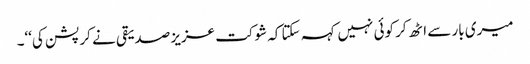
میری بار سے اٹھ کر کوئی نہیں کہہ سکتا کہ شوکت عزیز صدیقی نے کرپشن کی‘‘۔